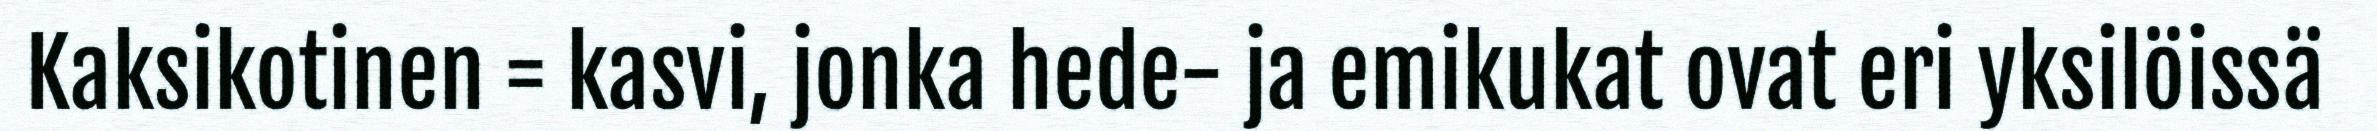
Kaksikotinen = kasvi, jonka hede- ja emikukat ovat eri yksilöissä